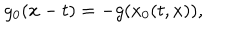
g _ { 0 } ( x - t ) = - g ( x _ { 0 } ( t , x ) ) ,